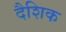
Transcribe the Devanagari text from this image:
दैशिक